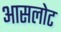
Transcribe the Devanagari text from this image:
आसलोट